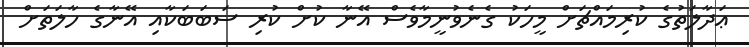
ޢަދާލަތުގެ ކުރިމައްޗަށް މީހަކު ގެނެވުނީމާވެސް އޭނާ ކުށް ކުރި ސަބަބަކާއި އޭނާގެ ހާލަތަށް